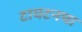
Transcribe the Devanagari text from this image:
टायटनचा